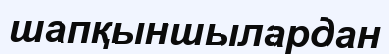
шапқыншылардан